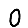
Digit: 0